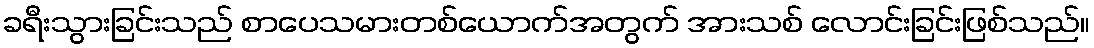
ခရီးသွားခြင်းသည် စာပေသမားတစ်ယောက်အတွက် အားသစ် လောင်းခြင်းဖြစ်သည်။